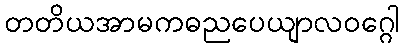
တတိယအာမကဓညပေယျာလဝဂ္ဂေါ